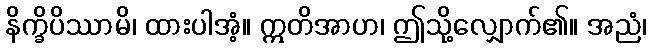
နိက္ခိပိဿာမိ၊ ထားပါအံ့။ ဣတိအာဟ၊ ဤသို့လျှောက်၏။ အညံ၊